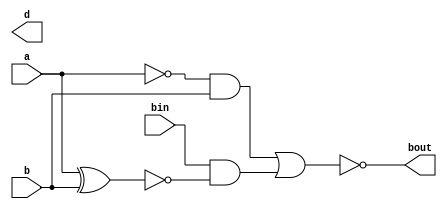
module full_sub(a,b,bin,d,bout);
input a,b,bin;
output d,bout;
wire w1,w2,w3,w4,w5;
xor(w1,a,b);
xor(w2,w1,bin);
not(w3,a);
and(w4,w3,b);
not(w5,w1);
and(w6,bin,w5);
nor(bout,w4,w6);    
endmodule


module test_fs1;
reg a,b,din;
wire s,bout;
full_sub s1(a,b,din,s,cout);

initial begin
$dumpfile("wave.vcd");
        $dumpvars(0, test_fs1);
    a=0;b=0;din=0;#100;
    a=0;b=0;din=1;#100;
     a=0;b=1;din=0;#100;
     a=0;b=1;din=1;#100;
     a=1;b=0;din=0;#100;
     a=1;b=0;din=1;#100;
     a=1;b=1;din=0;#100;
     a=1;b=0;din=1;#100;
      a=1;b=1;din=1;#100;


end
endmodule